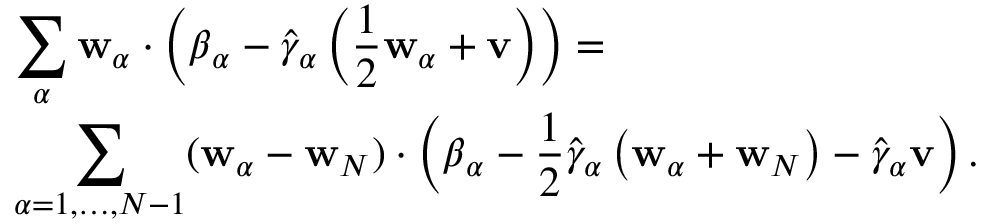
\begin{array} { r l } & { \displaystyle \sum _ { \alpha } \mathbf { w } _ { \alpha } \cdot \left( \boldsymbol { \beta } _ { \alpha } - \hat { \gamma } _ { \alpha } \left( \frac { 1 } { 2 } \mathbf { w } _ { \alpha } + \mathbf { v } \right) \right) = } \\ & { \displaystyle \sum _ { \alpha = 1 , \dots , N - 1 } ( \mathbf { w } _ { \alpha } - \mathbf { w } _ { N } ) \cdot \left( \boldsymbol { \beta } _ { \alpha } - \frac { 1 } { 2 } \hat { \gamma } _ { \alpha } \left( \mathbf { w } _ { \alpha } + \mathbf { w } _ { N } \right) - \hat { \gamma } _ { \alpha } \mathbf { v } \right) . } \end{array}